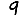
Digit: 9